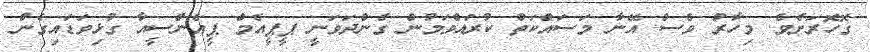
ގޮހޮރަށެވެ. މިހާރު ވެސް އޭނާ މަސައްކަތް ކުރައްވަމުން ގެންދަވަނީ ޕީޕީއެމް ޕީއެންސީއާ ގުޅިވަޑައިގެން